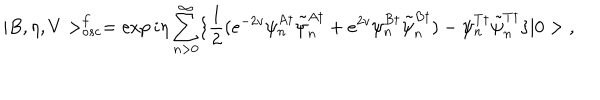
LaTeX: | B , \eta , V > _ { o s c } ^ { f } = \exp { i \eta \sum _ { n > 0 } ^ { \infty } \{ \frac { 1 } { 2 } ( e ^ { - 2 v } \psi _ { n } ^ { A \dagger } \tilde { \psi } _ { n } ^ { A \dagger } + e ^ { 2 v } \psi _ { n } ^ { B \dagger } \tilde { \psi } _ { n } ^ { B \dagger } ) - \psi _ { n } ^ { T \dagger } \tilde { \psi } _ { n } ^ { T \dagger } \} } | 0 > \; ,